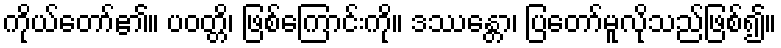
ကိုယ်တော်၏။ ပဝတ္တိ၊ ဖြစ်ကြောင်းကို။ ဒဿန္တော၊ ပြတော်မူလိုသည်ဖြစ်၍။